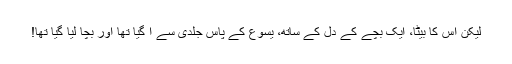
لیکن اُس کا بیٹا، ایک بچے کے دِل کے ساتھ، یسوع کے پاس جلدی سے آ گیا تھا اور بچا لیا گیا تھا!